Senior Leaving Certificate Examination (including Day School Certificate (Higher) General paper), 1946
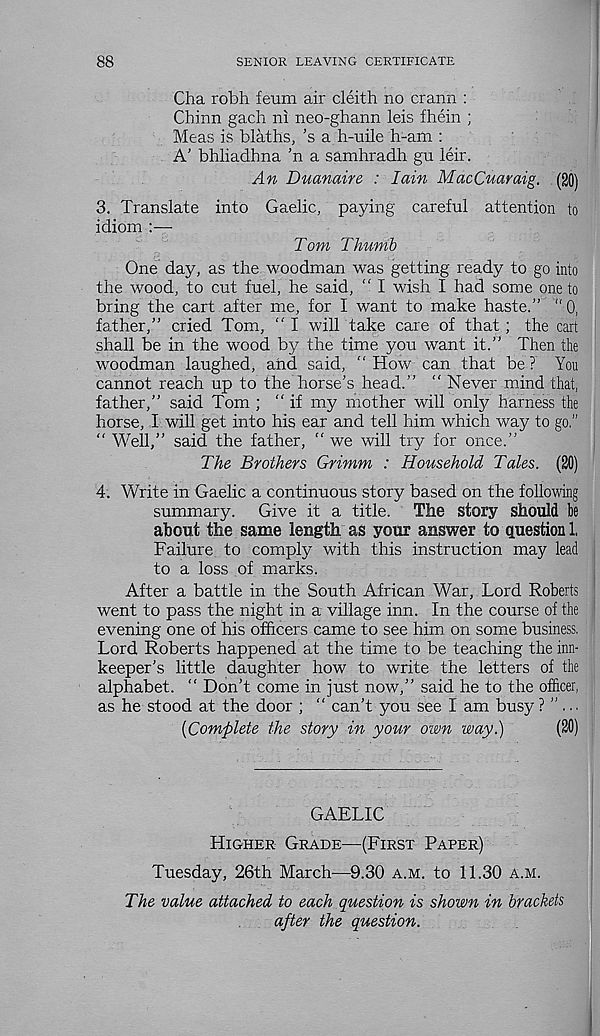
88
SENIOR LEAVING CERTIFICATE
Cha robh feum air cleith no crann :
Chinn gach ni neo-ghann leis fhein ;
Meas is blaths, ’s a h-uile h-am :
A’ bhliadhna ’n a samhradh gu leir.
An Duanaire : Iain MacCuaraig. (20)
3. Translate into Gaelic, paying careful attention to
idiom :—
Tom Thumb
One day, as the woodman was getting ready to go into
the wood, to cut fuel, he said, “ I wish I had some one to
bring the cart after me, for I want to make haste.” "0,
father,” cried Tom, " I will take care of that; the cart
shall be in the wood by the time you want it.” Then the
woodman laughed, and said, ” How can that be ? You
cannot reach up to the horse's head.” “ Never mind that,
father,” said Tom ; “ if my mother will only harness the
horse, I will get into his ear and tell him which way to go.”
“ Well,” said the father, “ we will try for once.”
The Brothers Grimm : Household Tales. (20)
4. Write in Gaelic a continuous story based on the following
summary. Give it a title. The story should be
about the same length as your answer to question 1.
Failure to comply with this instruction may lead
to a loss of marks.
After a battle in the South African War, Lord Roberts
went to pass the night in a village inn. In the course of the
evening one of his officers came to see him on some business.
Lord Roberts happened at the time to be teaching the inn-
keeper's little daughter how to write the letters of the
alphabet. " Don’t come in just now,” said he to the officer,
as he stood at the door ; “ can’t you see I am busy ? ” . ..
[Complete the story in your own way.)
(20)
GAELIC
Higher Grade—(First Paper)
Tuesday, 26th March-—9.30 a.m. to 11.30 a.m.
The value attached to each question is shown in brackets
after the question.